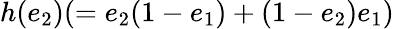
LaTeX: h(e_{2})(=e_{2}(1-e_{1})+(1-e_{2})e_{1})